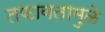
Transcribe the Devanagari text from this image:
तफावतामुळे